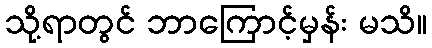
သို့ရာတွင် ဘာကြောင့်မှန်း မသိ။